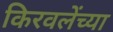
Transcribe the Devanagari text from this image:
किरवलेंच्या